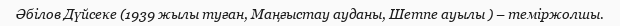
Әбілов Дүйсеке (1939 жылы туған, Маңғыстау ауданы, Шетпе ауылы ) – теміржолшы.